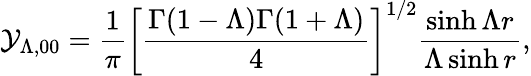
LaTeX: {\cal Y}_{\Lambda,00}={\frac{1}{\pi}}\left[\frac{\Gamma(1-\Lambda)\Gamma(1+\Lambda)}{4}\right]^{1/2}\frac{\sinh\Lambda r}{\Lambda\sinh r},